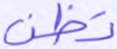
تظن